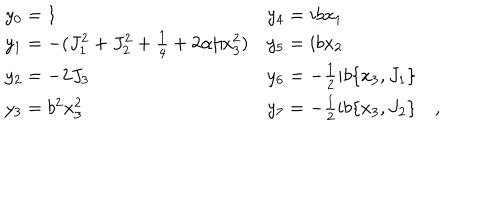
LaTeX: \begin{array} { l l } { { y _ { 0 } = 1 } } & { { y _ { 4 } = i b x _ { 1 } } } \\ { { y _ { 1 } = - ( J _ { 1 } ^ { 2 } + J _ { 2 } ^ { 2 } + \frac { 1 } { 4 } + 2 \alpha / x _ { 3 } ^ { 2 } ) } } & { { y _ { 5 } = i b x _ { 2 } } } \\ { { y _ { 2 } = - 2 J _ { 3 } } } & { { y _ { 6 } = - \frac { 1 } { 2 } i b \{ x _ { 3 } , J _ { 1 } \} } } \\ { { y _ { 3 } = b ^ { 2 } x _ { 3 } ^ { 2 } } } & { { y _ { 7 } = - \frac { 1 } { 2 } i b \{ x _ { 3 } , J _ { 2 } \} \quad , } } \\ \end{array}